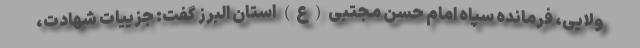
ولایی، فرمانده سپاه امام حسن مجتبی(ع) استان البرز گفت: جزییات شهادت،